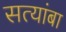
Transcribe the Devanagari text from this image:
सत्यांबा